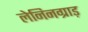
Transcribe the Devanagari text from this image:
लेनिनग्राड़